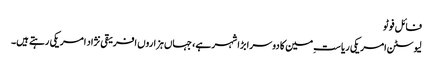
فائل فوٹو
لیوسٹن امریکی ریاستِ مین کا دوسرا بڑا شہر ہے، جہاں ہزاروں افریقی نژاد امریکی رہتے ہیں۔